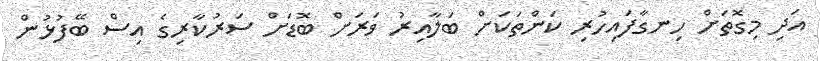
އަދި މިގޮތަށް ހިނގާފައިހުރި ކަންތަކަށް ބަލާއިރު ވަރަށް ބޮޑަށް ސަރުކާރިގެ އިސް ބޭފުޅުން